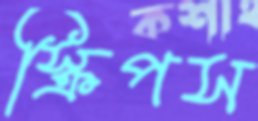
স্ক্রিপস